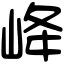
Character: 𡶶